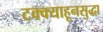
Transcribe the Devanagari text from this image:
टक्क्याहूनसुद्धा